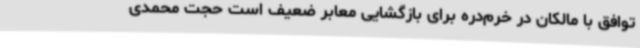
توافق با مالکان در خرم‌دره برای بازگشایی معابر ضعیف است حجت محمدی